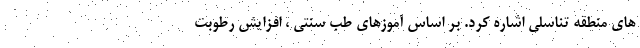
هاي منطقه تناسلي اشاره كرد. بر اساس آموزهاي طب سنتي ، افزايش رطوبت